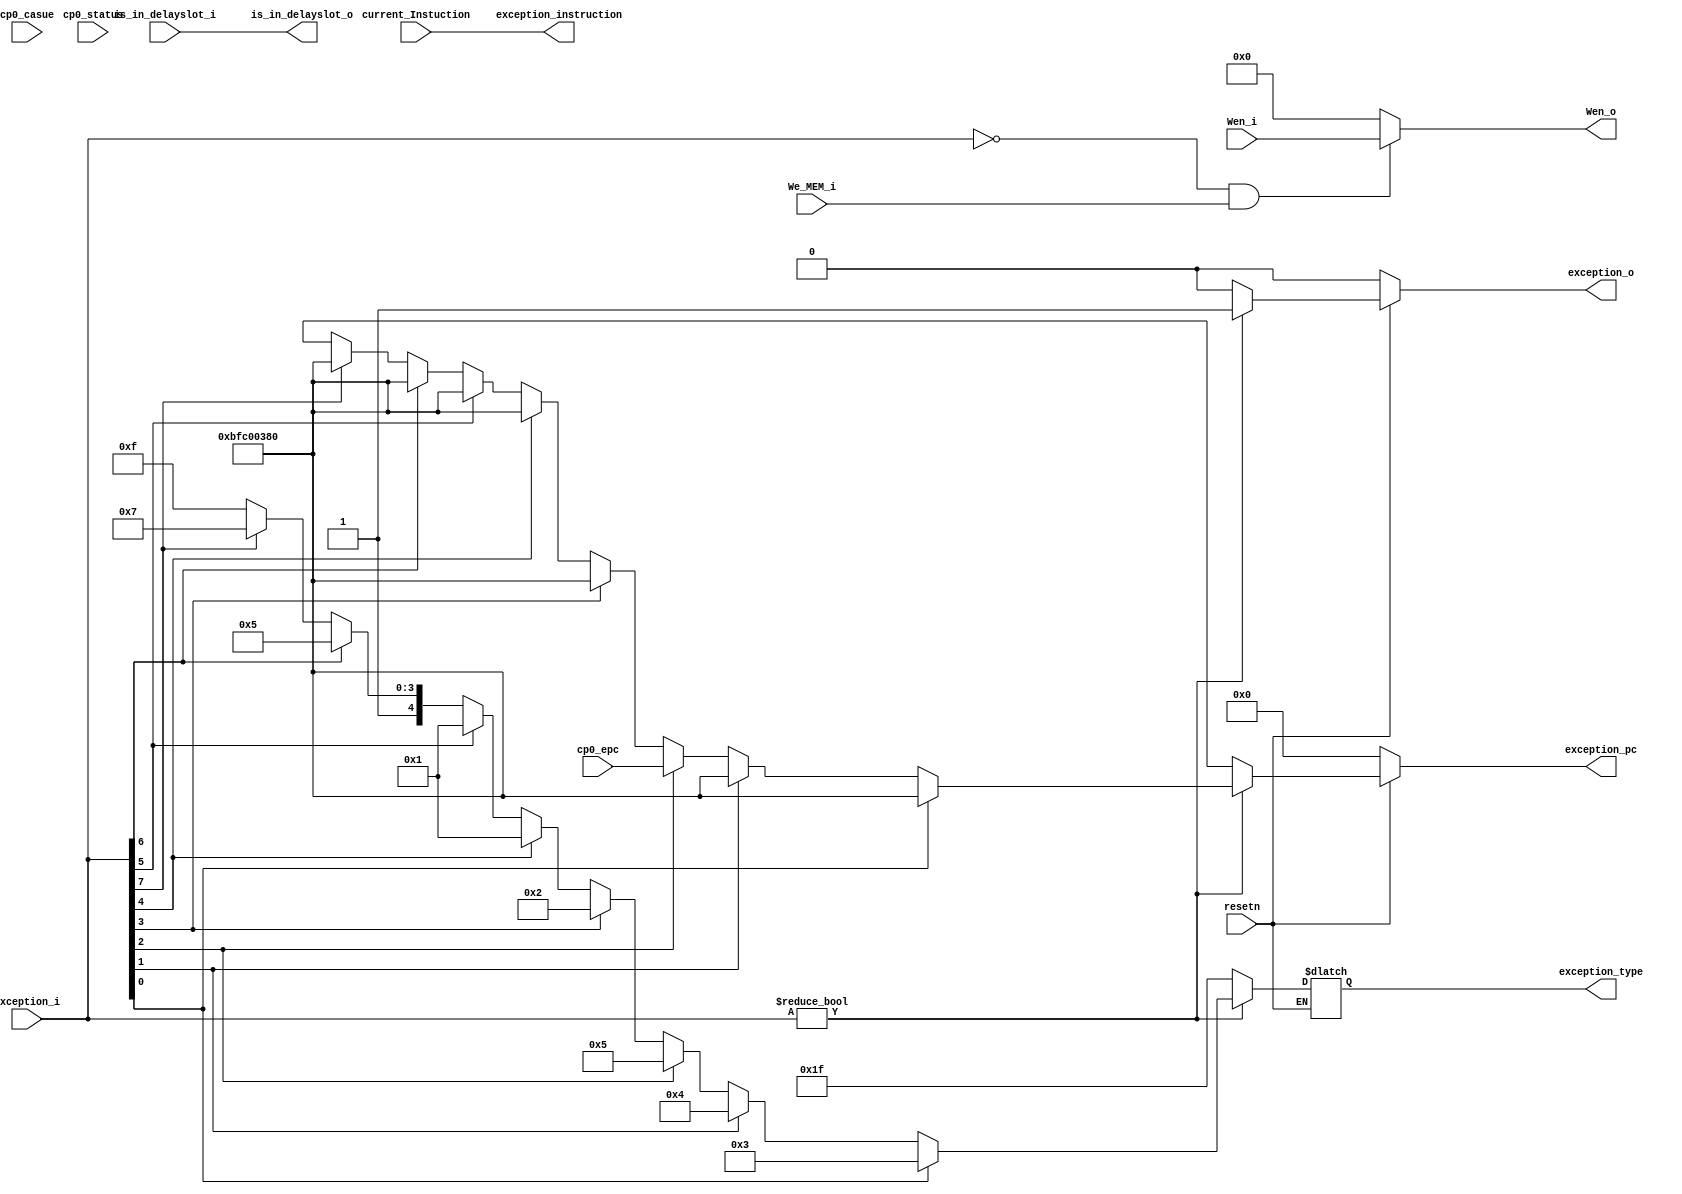
module Exception(
	input wire resetn,
	input wire [31:0]current_Instuction,//instrM
	input wire[31:0] Exception_i,
	input is_in_delayslot_i,
	input [31:0] cp0_epc,
	input [31:0] cp0_casue,
	input [31:0] cp0_status,
	input We_MEM_i,
	input wire[3:0] Wen_i,
	output reg exception_o,
	output reg[31:0] exception_pc,
	output is_in_delayslot_o,
	output reg [4:0]exception_type,
	output  [31:0] exception_instruction,
	output  [3:0]Wen_o
	);
//exception_type. 5'b00000. .    5b00001       5b00010 overflow      5b00011 syscall     5b00100 break        5b00101 eret 
//Exception 32syscall01break11Eret21OVerflow31Address_error41
parameter new_pc=32'hBFC00380;
assign Wen_o=((Exception_i==32'h0)&We_MEM_i)?Wen_i:4'b0000;
assign is_in_delayslot_o =is_in_delayslot_i ;
assign exception_instruction =current_Instuction ;
//assign exception_o=(Exception_i==32'h0|!resetn)?1'b0:1'b1;
always @(*)begin
	if (!resetn) begin
		exception_o=1'b0;
		exception_pc=32'h0;
	end
	else if(Exception_i!=32'h0) begin
		exception_o=1'b1;
		if(Exception_i[0]==1'b1)begin//syacall
			exception_pc=new_pc;
			exception_type=5'b00011;
		end
		else if(Exception_i[1]==1'b1)begin//break
			exception_pc=new_pc;
			exception_type=5'b00100;
		end
		else if(Exception_i[2]==1'b1)begin//eret
			exception_pc=cp0_epc;
			exception_type=5'b00101;
		end
		else if(Exception_i[3]==1'b1)begin//overflow
			exception_pc=new_pc;
			exception_type=5'b00010;
		end
		else if(Exception_i[4]==1'b1)begin//address_error
			exception_pc=new_pc;
			exception_type=5'b00001;
		end
		else if(Exception_i[5]==1'b1)begin //pc_eeroe
			exception_pc=new_pc;
			exception_type=5'b00001;
		end
		else if(Exception_i[6]==1'b1)begin//
			exception_pc=new_pc;
			exception_type=5'b10101;
		end
		else if(Exception_i[7]==1'b1)begin//Branch_tp_itself
			exception_pc=new_pc;
			exception_type=5'b10111;
		end
		else begin
			exception_pc=32'hx;
			exception_type=5'b11111;
		end
	end
	else begin
		exception_o=1'b0;
		exception_pc=32'hx;
		exception_type=5'b11111;
	end
end

endmodule